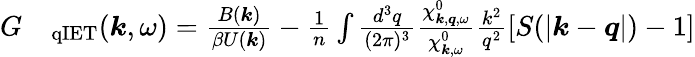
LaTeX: \begin{array}{rl}{G}&{{}_{\mathrm{qIET}}(\boldsymbol{k},\omega)=\frac{{B}(\boldsymbol{k})}{\beta{U}(\boldsymbol{k})}-\frac{1}{n}\int\frac{d^{3}q}{(2\pi)^{3}}\frac{\chi_{\boldsymbol{k},\boldsymbol{q},\omega}^{0}}{\chi_{\boldsymbol{k},\omega}^{0}}\frac{k^{2}}{q^{2}}\left[S(|\boldsymbol{k}-\boldsymbol{q}|)-1\right]}\end{array}